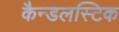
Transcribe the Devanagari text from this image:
कैन्डलस्टिक